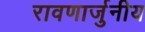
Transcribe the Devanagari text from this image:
रावणार्जुनीय